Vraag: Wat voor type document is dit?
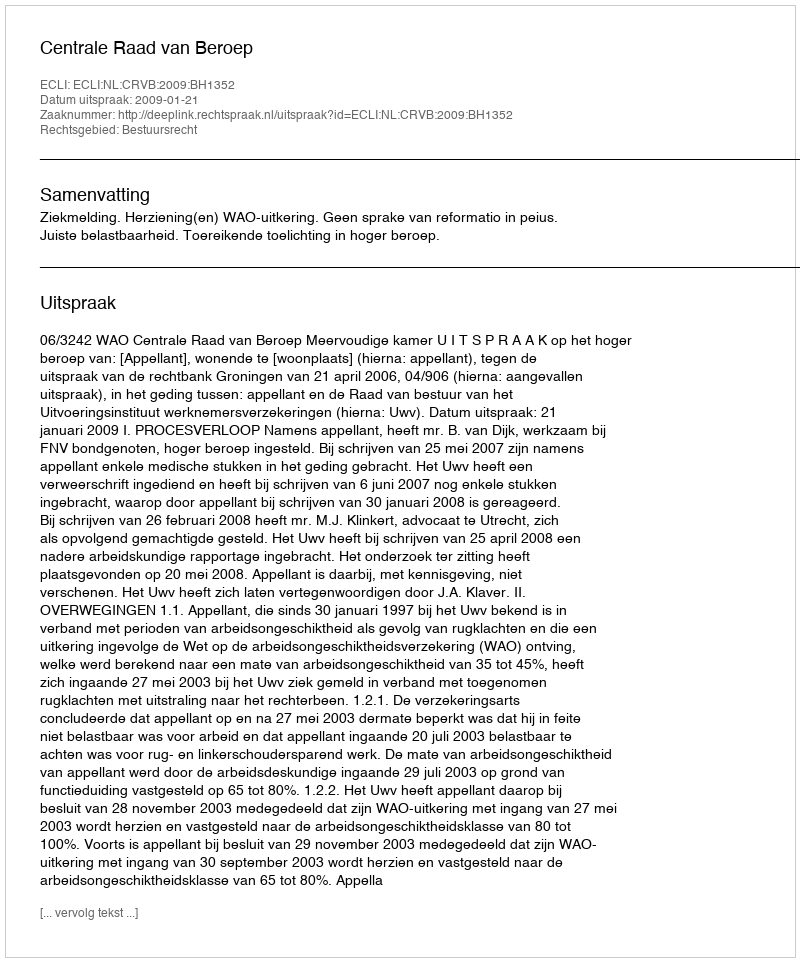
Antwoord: Uitspraak